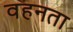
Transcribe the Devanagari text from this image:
वहनता